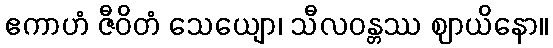
ဧကာဟံ ဇီဝိတံ သေယျော၊ သီလဝန္တဿ ဈာယိနော။